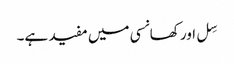
سِل اور کھانسی میں مفید ہے۔